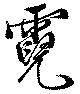
霓